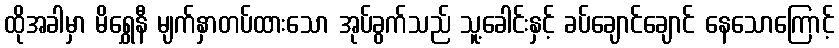
ထိုအခါမှာ မိရွှေနီ မျက်နှာတပ်ထားသော အုပ်ခွက်သည် သူ့ခေါင်းနှင့် ခပ်ချောင်ချောင် နေသောကြောင့်